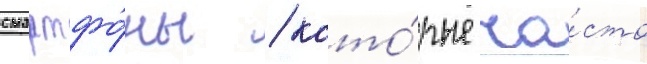
смартфо́ны / кото́рые ча́сто